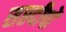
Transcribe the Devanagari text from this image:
सप्तदीपों